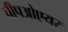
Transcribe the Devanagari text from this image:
चीपओएयर